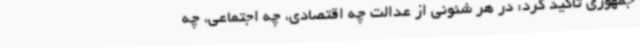
جمهوری تاکید کرد: در هر شئونی از عدالت چه اقتصادی، چه اجتماعی، چه